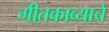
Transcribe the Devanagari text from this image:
गीतकाव्याचे